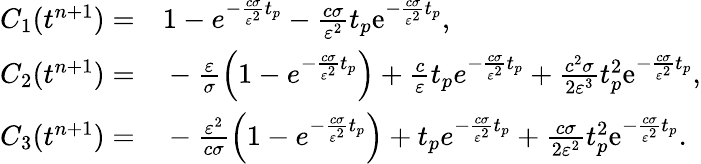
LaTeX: \begin{array}{rl}{C_{1}(t^{n+1})=}&{{}1-e^{-\frac{c\sigma}{\varepsilon^{2}}t_{p}}-\frac{c\sigma}{\varepsilon^{2}}t_{p}\mathrm{e}^{-\frac{c\sigma}{\varepsilon^{2}}t_{p}},}\\ {C_{2}(t^{n+1})=}&{{}-\frac{\varepsilon}{\sigma}\left(1-e^{-\frac{c\sigma}{\varepsilon^{2}}t_{p}}\right)+\frac{c}{\varepsilon}t_{p}e^{-\frac{c\sigma}{\varepsilon^{2}}t_{p}}+\frac{c^{2}\sigma}{2\varepsilon^{3}}t_{p}^{2}\mathrm{e}^{-\frac{c\sigma}{\varepsilon^{2}}t_{p}},}\\ {C_{3}(t^{n+1})=}&{{}-\frac{\varepsilon^{2}}{c\sigma}\left(1-e^{-\frac{c\sigma}{\varepsilon^{2}}t_{p}}\right)+t_{p}e^{-\frac{c\sigma}{\varepsilon^{2}}t_{p}}+\frac{c\sigma}{2\varepsilon^{2}}t_{p}^{2}\mathrm{e}^{-\frac{c\sigma}{\varepsilon^{2}}t_{p}}.}\end{array}